Report on the cholera epidemic of
Year: 1868
Disease focus: Cholera
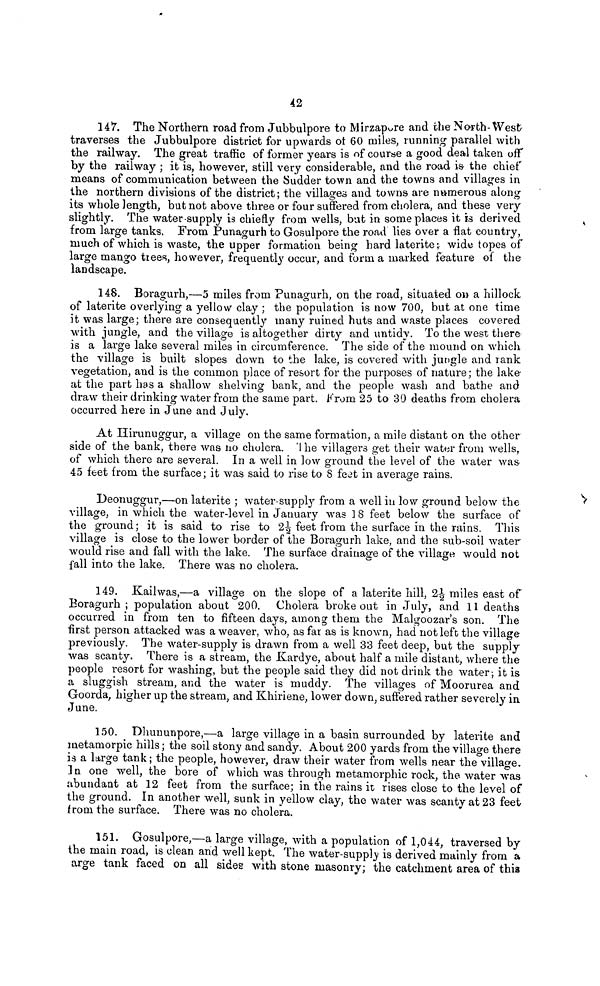
42
147. The Northern road from Jubbulpore to Mirzapore and the North-West-
traverses the Jubbulpore district for upwards of 60 miles, running parallel with
the railway. The great traffic of former years is of course a good deal taken off
by the railway ; it is, however, still very considerable, and the road is the chief
means of communication between the Sudder town and the towns and villages m
the northern divisions of the district ; the villages and towns are numerous along
its whole length, but not above three or four suffered from cholera, and these very
slightly. The water-supply is chiefly from wells, but in some places it is derived
from large tanks. From Punagurh to Gosulpore the road lies over a flat country,
much of which is waste, the upper formation being hard latérite; wide topes of
large mango trees, however, frequently occur, and form a marked feature of the
landscape.
148. Boragurh,—5 miles from Punagurh, on the road, situated on a hillock
of latérite overlying a yellow clay ; the population is now 700, but at one time
it was large; there are consequently many ruined huts and waste places covered
with jungle, and the village is altogether dirty and untidy. To the west there
is a large lake several miles in circumference. The side of the mound on which
the village is built slopes down to the lake, is covered with jungle and rank
vegetation, and is the common place of resort for the purposes of nature ; the lake-
at the part has a shallow shelving bank, and the people wash and bathe and
draw their drinking water from the same part. From 25 to 30 deaths from cholera
occurred here in June and July.
At Hirunuggur, a village on the same formation, a mile distant on the other
side of the bank, there was no cholera. The villagers get their water from wells,
of which there are several. In a well in low ground the level of the water was
45 feet from the surface ; it was said to rise to 8 feet in average rains.
Deonuggur,—on laterite ; water-supply from a well in low ground below the
village, in which the water-level in January was 18 feet below the surface of
the ground; it is said to rise to 2½ feet from the surface in the rains. This
village is close to the lower border of the Boragurh lake, and the sub-soil water
would rise and fall with the lake. The surface drainage of the village would not
fall into the lake. There was no cholera.
149. Kail was,—a village on the slope of a laterite hill, 2½ miles east of
Boragurh ; population about 200. Cholera broke out in July, and 11 deaths
occurred in from ten to fifteen days, among them the Malgoozar's son. The
first person attacked was a weaver, who, as far as is known, had not left the village
previously. The water-supply is drawn from a well 33 feet deep, but the supply
was scanty. There is a stream, the Kardye, about half a mile distant, where the
people resort for washing, but the people said they did not drink the water, it is
a sluggish stream, and the water is muddy. The villages of Moorurea and
Goorda, higher up the stream, and Khiriene, lower down, suffered rather severely in
June.
150. Dhununpore,—a large village in a basin surrounded by laterite and
metamorpic hills ; the soil stony and sandy. About 200 yards from the village there
is a large tank ; the people, however, draw their water from wells near the village.
In one well, the bore of which was through metamorphic rock, the water was
abundant at 12 feet from the surface; in the rains it rises close to the level of
the ground. In another well, sunk in yellow clay, the water was scanty at 23 feet
from the surface. There was no cholera.
151. Gosulpore,—a large village, with a population of 1,044, traversed by
the main road, is clean and well kept. The water-supply is derived mainly from a,
arge tank faced on all sides with stone masonry; the catchment area of this